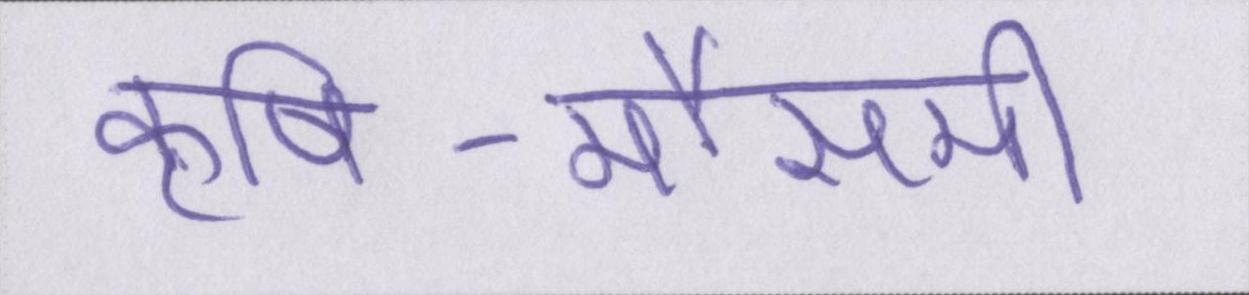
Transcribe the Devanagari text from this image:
कृषि-मौसमी